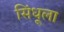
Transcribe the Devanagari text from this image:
सिंधूला